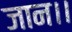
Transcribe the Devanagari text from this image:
जान।।